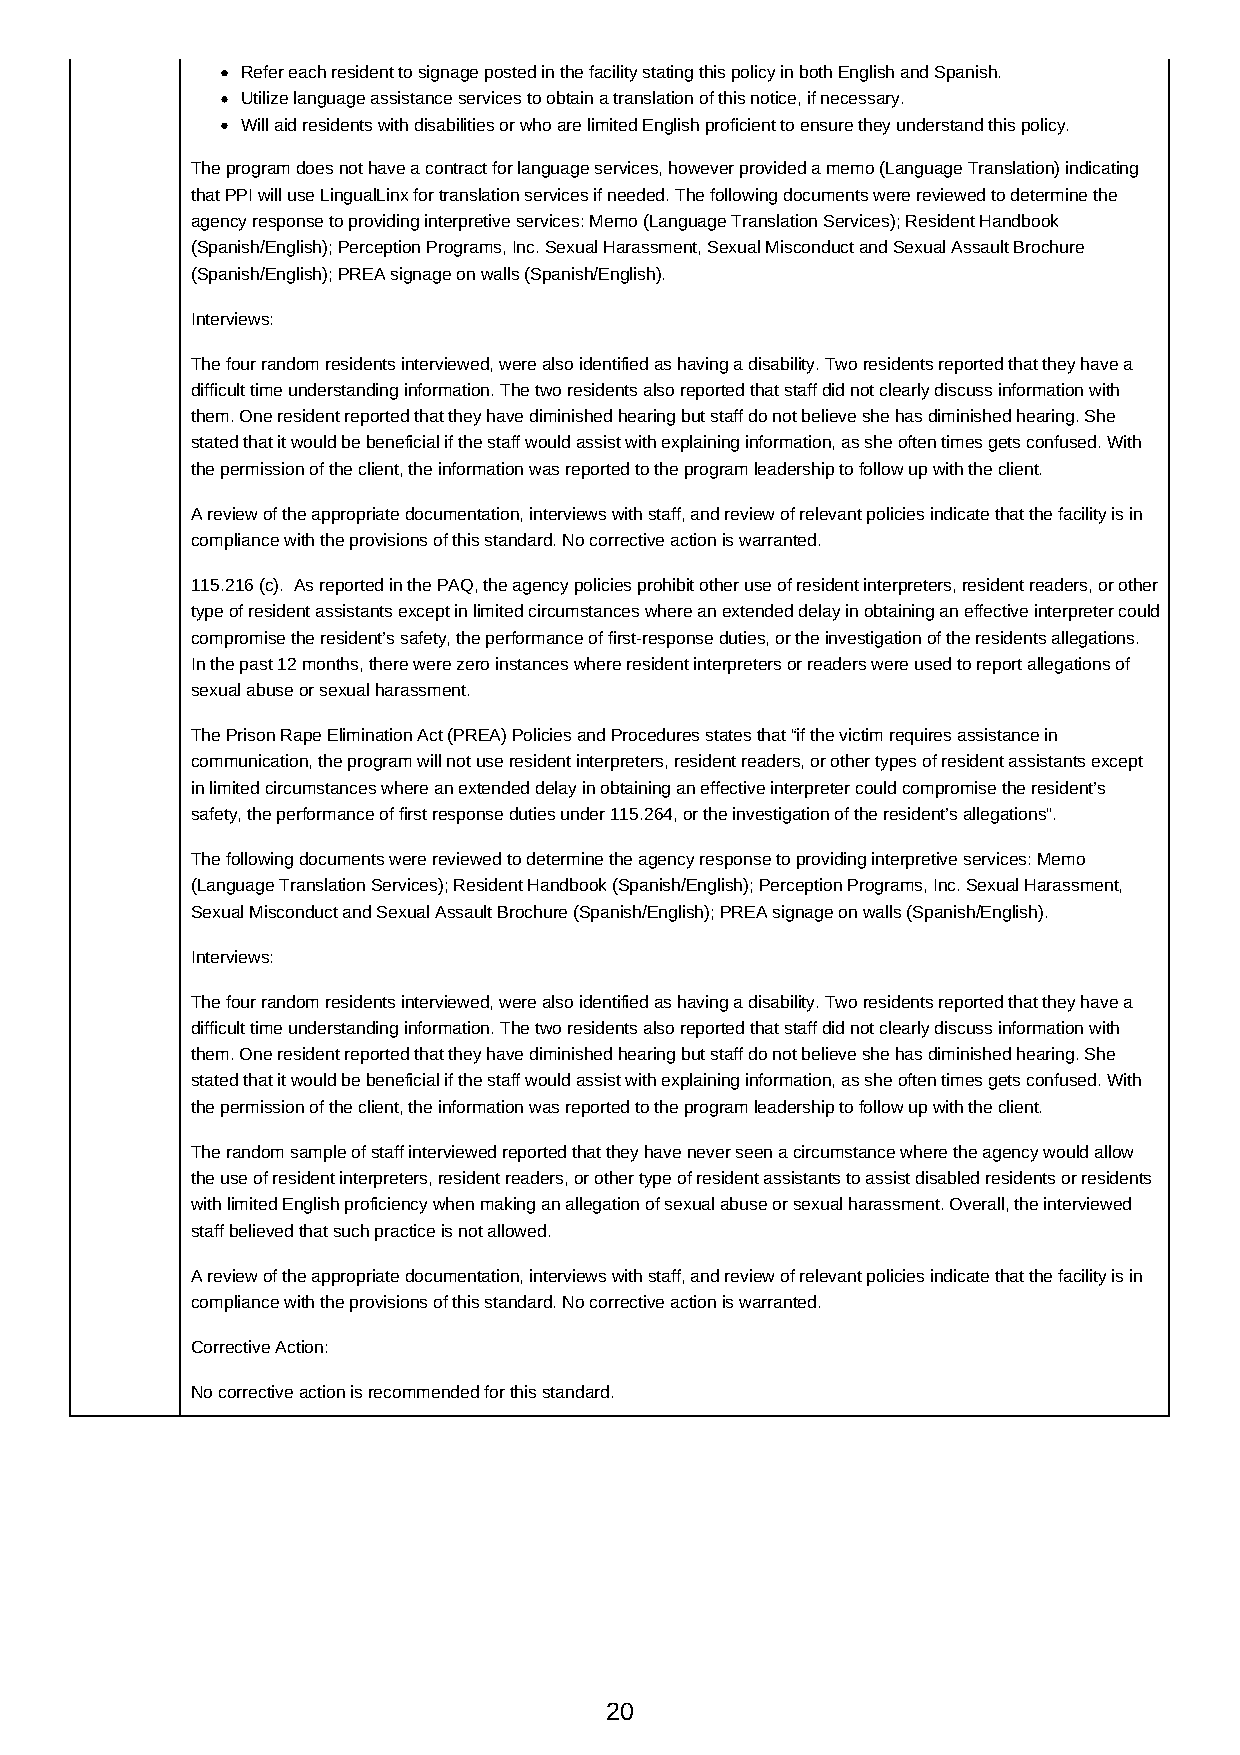
Refer each resident to signage posted in the facility stating this policy in both English and Spanish.
 Utilize language assistance services to obtain a translation of this notice, if necessary.
 Will aid residents with disabilities or who are limited English proficient to ensure they understand this policy.
 The program does not have a contract for language services, however provided a memo (Language Translation) indicating
 that PPI will use LingualLinx for translation services if needed. The following documents were reviewed to determine the
 agency response to providing interpretive services: Memo (Language Translation Services); Resident Handbook
 (Spanish/English); Perception Programs, Inc. Sexual Harassment, Sexual Misconduct and Sexual Assault Brochure
 (Spanish/English); PREA signage on walls (Spanish/English).
 Interviews:
 The four random residents interviewed, were also identified as having a disability. Two residents reported that they have a
 difficult time understanding information. The two residents also reported that staff did not clearly discuss information with
 them. One resident reported that they have diminished hearing but staff do not believe she has diminished hearing. She
 stated that it would be beneficial if the staff would assist with explaining information, as she often times gets confused. With
 the permission of the client, the information was reported to the program leadership to follow up with the client.
 A review of the appropriate documentation, interviews with staff, and review of relevant policies indicate that the facility is in
 compliance with the provisions of this standard. No corrective action is warranted.
 115.216 (c). As reported in the PAQ, the agency policies prohibit other use of resident interpreters, resident readers, or other
 type of resident assistants except in limited circumstances where an extended delay in obtaining an effective interpreter could
 compromise the resident’s safety, the performance of first-response duties, or the investigation of the residents allegations.
 In the past 12 months, there were zero instances where resident interpreters or readers were used to report allegations of
 sexual abuse or sexual harassment.
 The Prison Rape Elimination Act (PREA) Policies and Procedures states that “if the victim requires assistance in
 communication, the program will not use resident interpreters, resident readers, or other types of resident assistants except
 in limited circumstances where an extended delay in obtaining an effective interpreter could compromise the resident’s
 safety, the performance of first response duties under 115.264, or the investigation of the resident’s allegations”.
 The following documents were reviewed to determine the agency response to providing interpretive services: Memo
 (Language Translation Services); Resident Handbook (Spanish/English); Perception Programs, Inc. Sexual Harassment,
 Sexual Misconduct and Sexual Assault Brochure (Spanish/English); PREA signage on walls (Spanish/English).
 Interviews:
 The four random residents interviewed, were also identified as having a disability. Two residents reported that they have a
 difficult time understanding information. The two residents also reported that staff did not clearly discuss information with
 them. One resident reported that they have diminished hearing but staff do not believe she has diminished hearing. She
 stated that it would be beneficial if the staff would assist with explaining information, as she often times gets confused. With
 the permission of the client, the information was reported to the program leadership to follow up with the client.
 The random sample of staff interviewed reported that they have never seen a circumstance where the agency would allow
 the use of resident interpreters, resident readers, or other type of resident assistants to assist disabled residents or residents
 with limited English proficiency when making an allegation of sexual abuse or sexual harassment. Overall, the interviewed
 staff believed that such practice is not allowed.
 A review of the appropriate documentation, interviews with staff, and review of relevant policies indicate that the facility is in
 compliance with the provisions of this standard. No corrective action is warranted.
 Corrective Action:
 No corrective action is recommended for this standard.
 20